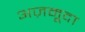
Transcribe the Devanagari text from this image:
अज़मूदा